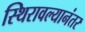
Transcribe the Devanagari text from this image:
स्थिरावल्यानंतर